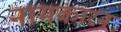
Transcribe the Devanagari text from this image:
नामकारन